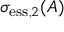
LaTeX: \sigma _ { \mathrm { e s s } , 2 } ( A )